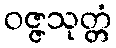
ဝဇ္ဇသုတ္တံ